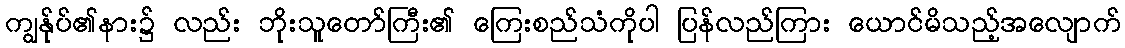
ကျွန်ုပ်၏နား၌ လည်း ဘိုးသူတော်ကြီး၏ ကြေးစည်သံကိုပါ ပြန်လည်ကြား ယောင်မိသည့်အလျောက်